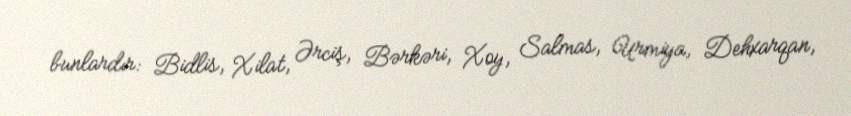
bunlardır: Bidlis, Xilat, Ərciş, Bərkəri, Xoy, Salmas, Urmiya, Dehxarqan,